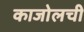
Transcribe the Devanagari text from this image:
काजोलची